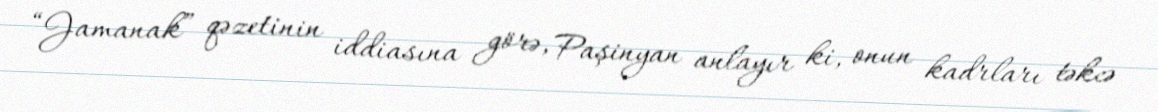
“Jamanak” qəzetinin iddiasına görə, Paşinyan anlayır ki, onun kadrları təkcə